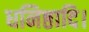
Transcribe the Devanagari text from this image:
धनिष्ठादि।